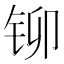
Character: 铆